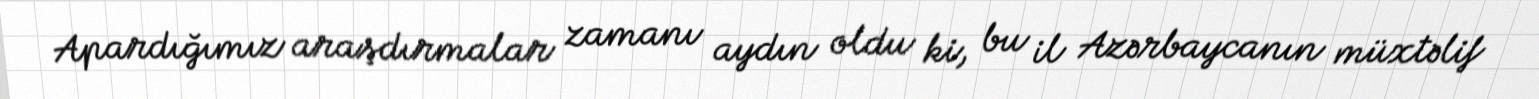
Apardığımız araşdırmalar zamanı aydın oldu ki, bu il Azərbaycanın müxtəlif